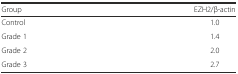
<table><thead><tr><td><b>Group</b></td><td><b>EZH2/β-actin</b></td></tr></thead><tbody><tr><td>Control</td><td>1.0</td></tr><tr><td>Grade 1</td><td>1.4</td></tr><tr><td>Grade 2</td><td>2.0</td></tr><tr><td>Grade 3</td><td>2.7</td></tr></tbody></table>